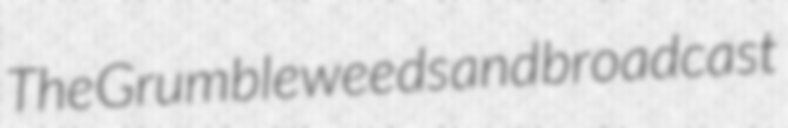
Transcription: The Grumbleweeds and broadcast